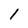
Character: l